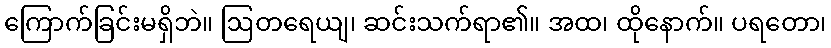
ကြောက်ခြင်းမရှိဘဲ။ ဩတရေယျ၊ ဆင်းသက်ရာ၏။ အထ၊ ထိုနောက်။ ပရတော၊